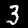
Digit: 3